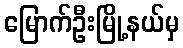
မြောက်ဦးမြို့နယ်မှ